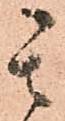
其